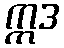
ဣဒ